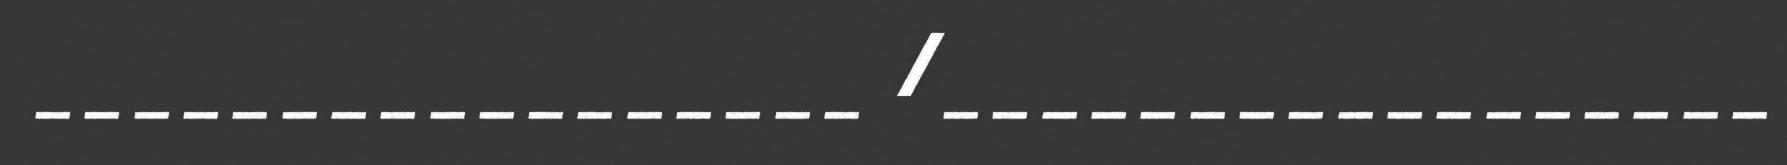
_________________ /_________________